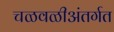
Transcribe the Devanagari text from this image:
चळवळीअंतर्गत